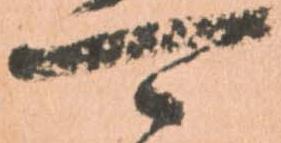
可